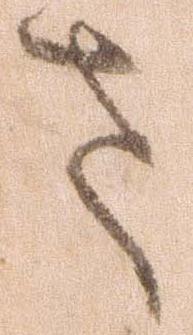
さ